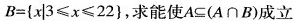
$$B=\left\{x |3 \leqslant x \leqslant 22\right\}$$，求能使$$A \subseteq(A \cap B)$$成立